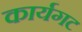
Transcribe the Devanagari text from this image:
कार्यगट